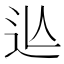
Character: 𨑟